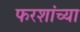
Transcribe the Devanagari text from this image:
फरशांच्या